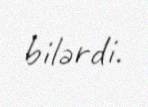
bilərdi.